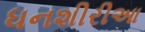
ધનશીરીઆ